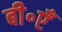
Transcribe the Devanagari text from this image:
बी॰एँ